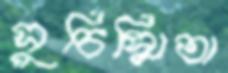
সুচিস্মিতা